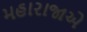
મહારાજાએ